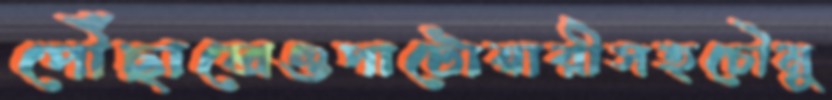
পৌঁছালেওপাটোয়ারীসহচৌমু